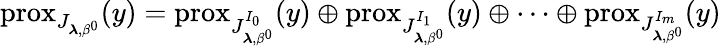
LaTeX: \mathrm{prox}_{J_{\boldsymbol{\lambda},\beta^{0}}}(y)=\mathrm{prox}_{J_{\boldsymbol{\lambda},{\beta^{0}}}^{I_{0}}}(y)\oplus\mathrm{prox}_{J_{\boldsymbol{\lambda},{\beta^{0}}}^{I_{1}}}(y)\oplus\dots\oplus\mathrm{prox}_{J_{\boldsymbol{\lambda},{\beta^{0}}}^{I_{m}}}(y)